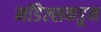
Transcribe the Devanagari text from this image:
मॉडेल्सकडून